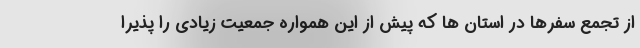
از تجمع سفرها در استان ها که پیش از این همواره جمعیت زیادی را پذیرا